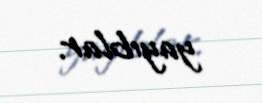
yayıblar.